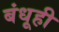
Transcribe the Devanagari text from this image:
बंधूही